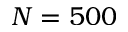
N = 5 0 0